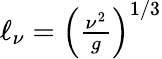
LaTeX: \begin{array}{r}{\ell_{\nu}=\left(\frac{\nu^{2}}{g}\right)^{1/3}}\end{array}